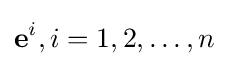
\mathbf {e} ^{i},i=1,2,\dots ,n